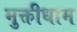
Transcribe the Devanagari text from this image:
मुक्तीधाम